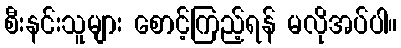
စီးနင်းသူများ စောင့်ကြည့်ရန် မလိုအပ်ပါ။